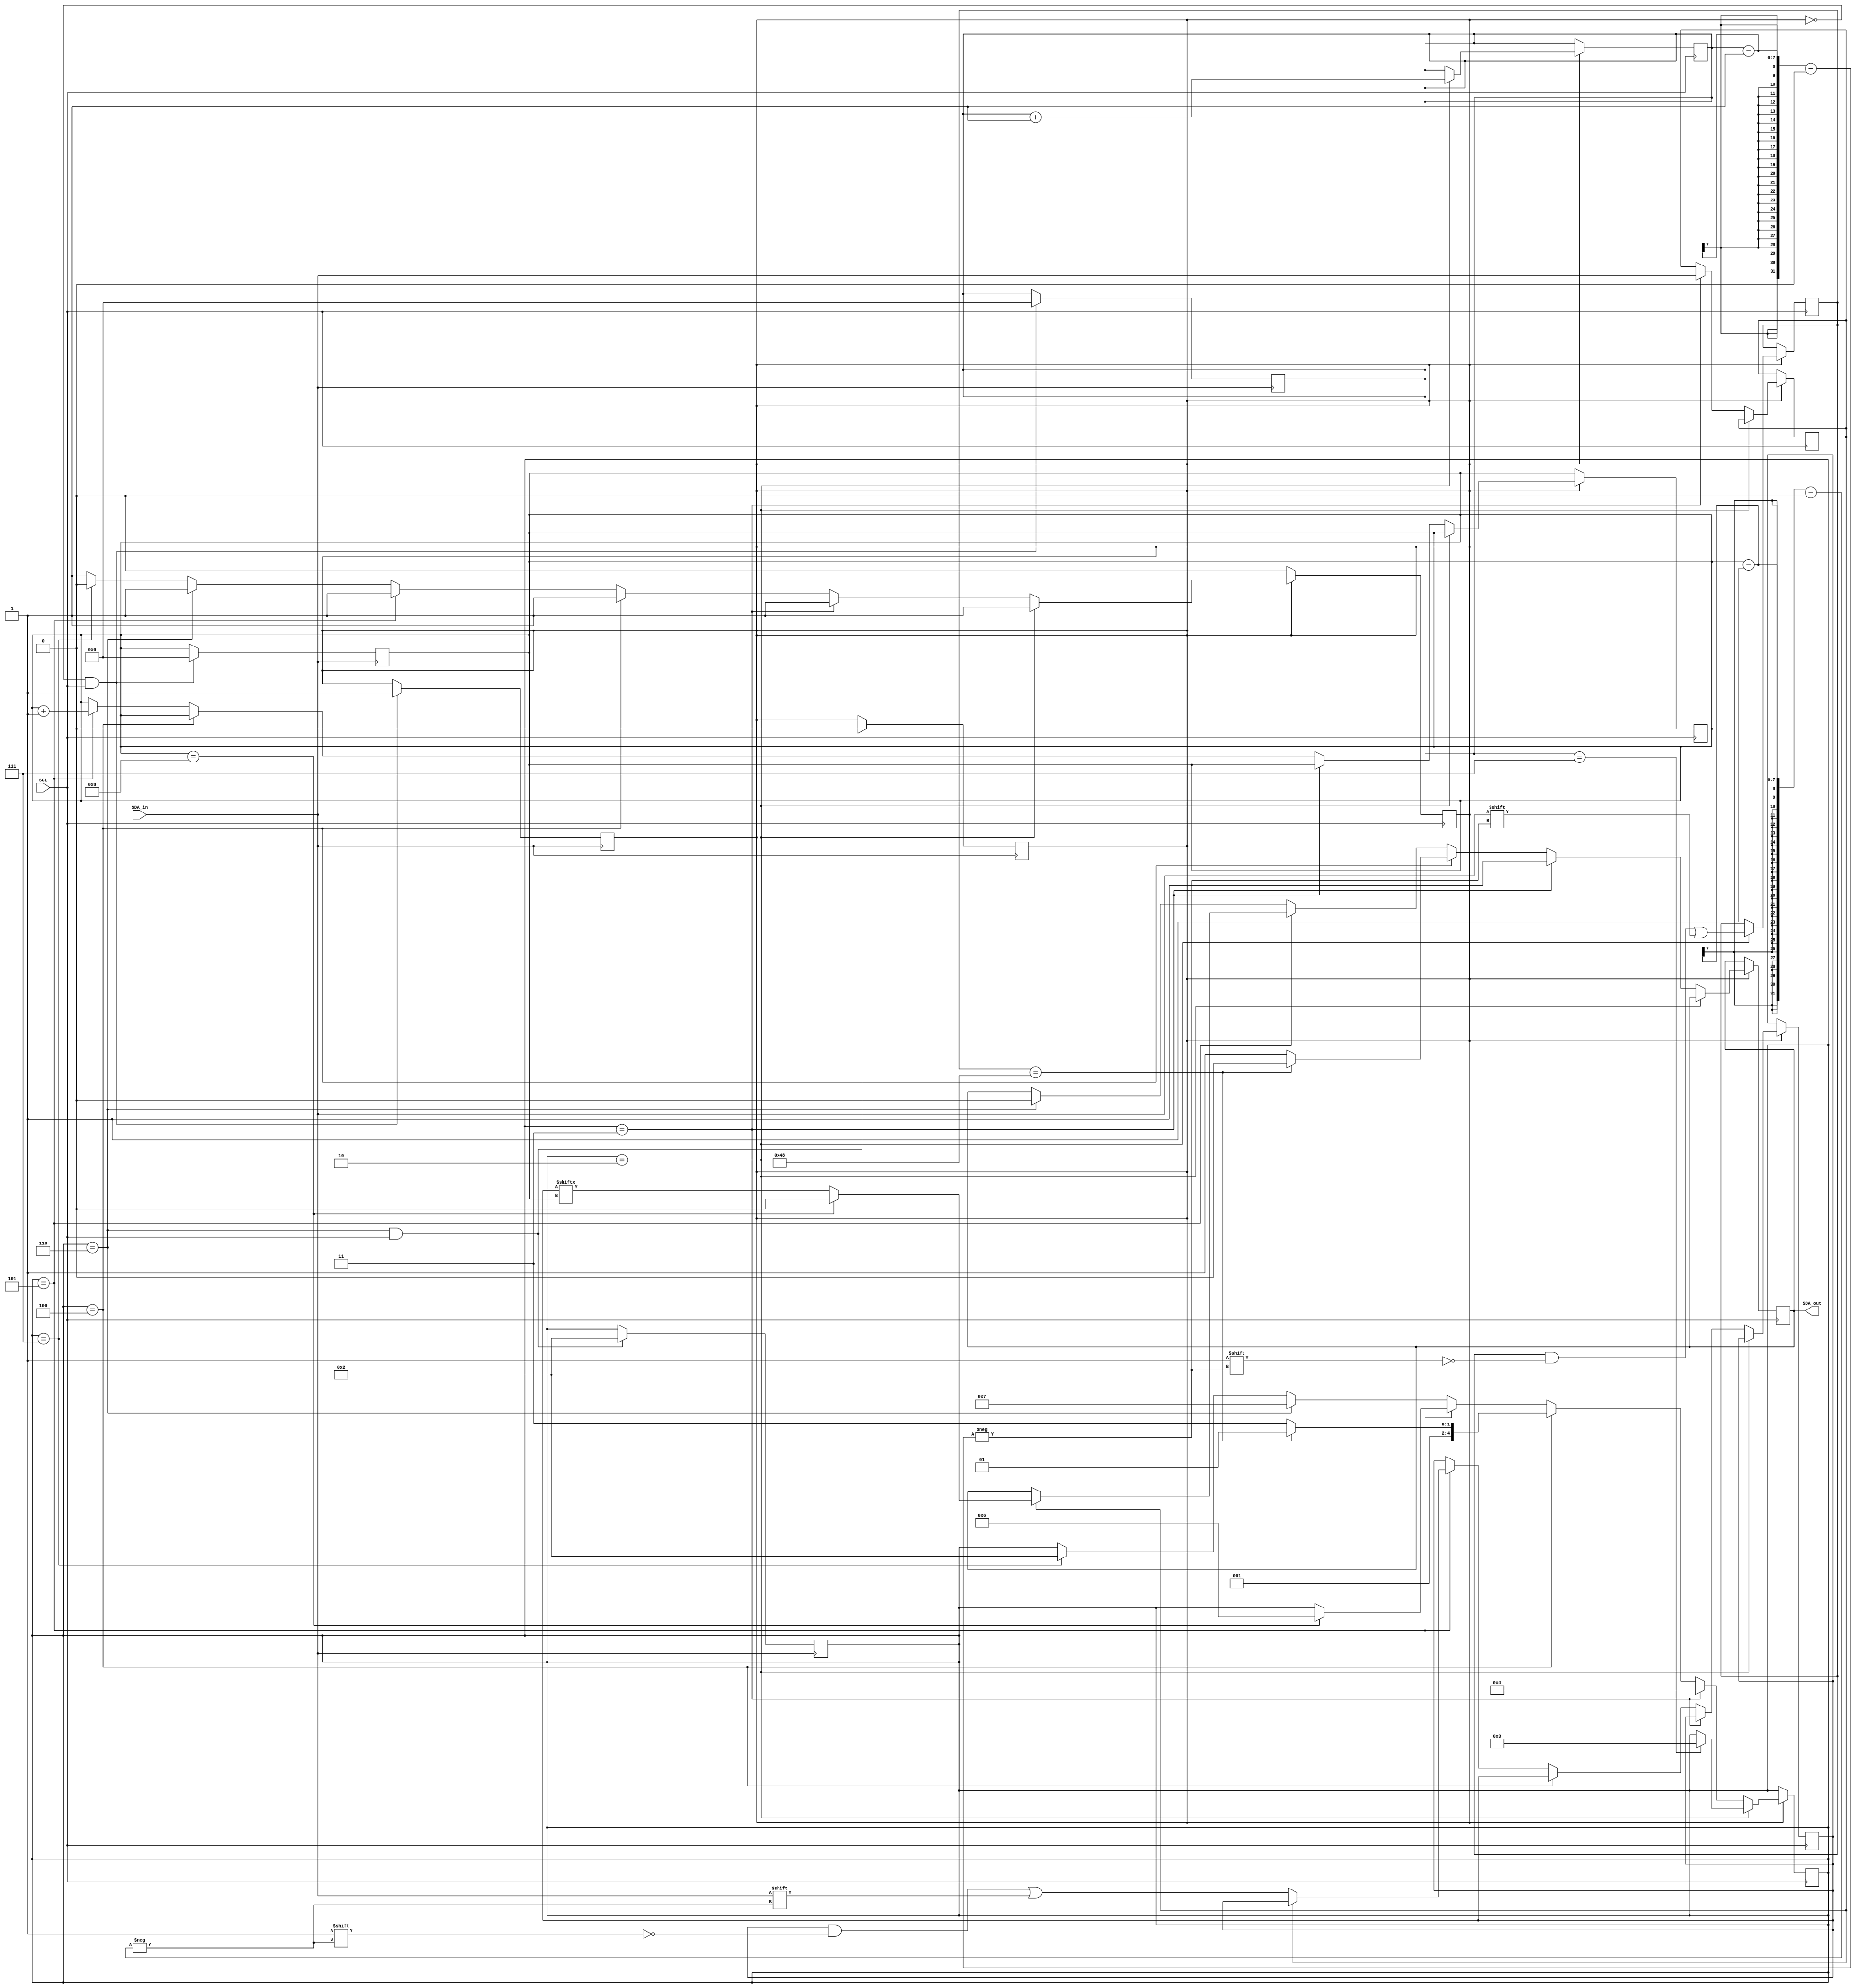
/**
I2C Slave to Read/Write 8 bits of data only
*/


module i2c_slave(
	input wire SDA_in,
    input wire SCL,
	output reg SDA_out);
  
  reg [4:0] IDLE 			= 4'b0000;
  reg [4:0] START 			= 4'b0001;
  reg [4:0] READ_ADDRESS 	= 4'b0010;
  reg [4:0] READ_WRITE 		= 4'b0011;
  reg [4:0] ADDRESS_ACK 	= 4'b0100;
  reg [4:0] DATA 			= 4'b0101;
  reg [4:0] DATA_ACK   		= 4'b0110;
  reg [4:0] STOP 			= 4'b0111;
 
  
  reg [4:0] state 			= 4'b0010;
  
  reg [6:0] slaveAddress 	= 7'b100_1000;
  reg [6:0] addr			= 7'b000_0000;
  reg [6:0] addressCounter 	= 7'b000_0000;
  
  reg [7:0] data			= 8'b1100_0000;
  reg [6:0] dataCounter 	= 7'b000_0000;
  
  reg readWrite			= 1'b1;
  reg start 			= 0;
  reg write_ack			= 0;
  
  
  always @(negedge SDA_in) begin
    if ((start == 0) && (SCL == 1)) 
    begin
		start <= 1;
        addressCounter <= 0;
      	dataCounter <= 0;
	end
  end
  
  always @(posedge SDA_in) begin
    if (state == DATA_ACK && SCL == 1)
      begin
        start <= 0;
		state <= READ_ADDRESS;
	  end
	end
  
  always @(posedge SCL)
    begin
    	if (start == 1)
    	begin
    	  case (state)
    	    READ_ADDRESS: 
    	      begin
    	        addr[addressCounter-1] <= SDA_in;
    	        addressCounter <= addressCounter + 1;
    	        if (addressCounter == 7) 
    	            begin
     	             state <= READ_WRITE;
     	           end
     	     end
     	   READ_WRITE:
     	     begin
                readWrite <= SDA_in;
              	state <= ADDRESS_ACK;
		SDA_out <= 1'b1;
    	      end
            ADDRESS_ACK:
              begin
		if(addr==slaveAddress)
		begin
                state <= DATA;
		SDA_out <= 1'b0;
		end
		else
		begin
		SDA_out <= 1'b1;
		state <= STOP;
		end
              end
            DATA:
              begin
            	if(!readWrite) 
		begin   
                data[dataCounter-1] <= SDA_in;
    	        dataCounter <= dataCounter + 1;
                if (dataCounter == 8) 
    	            begin
     	             state <= DATA_ACK;
     	           end
		end
		else
		begin
                SDA_out <= data[dataCounter];
    	        dataCounter <= dataCounter + 1;
                if (dataCounter == 8) 
    	            begin
		     SDA_out<=1'b0;	
     	             state <= DATA_ACK;
     	           end
		end
              end
            DATA_ACK:
     	     begin
		SDA_out<=1'b0;
                state <= STOP;
    	      end
            STOP:
              begin
                start <= 0;
                state <= READ_ADDRESS;
              end
    	  endcase
    	end
    end
    
  
endmodule